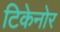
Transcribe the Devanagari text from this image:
टिकेनोर